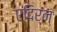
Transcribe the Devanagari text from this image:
एदिर्न